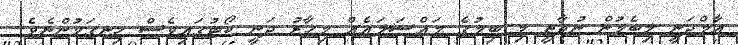
އާމްދަނީ ލިބެމުން ނުދާތީ މި ބިމުގެ މައްސަލައެއް މިހާރު ދަނީ ކޯޓުގައިވެސް ހިނގަމުންނެވެ.